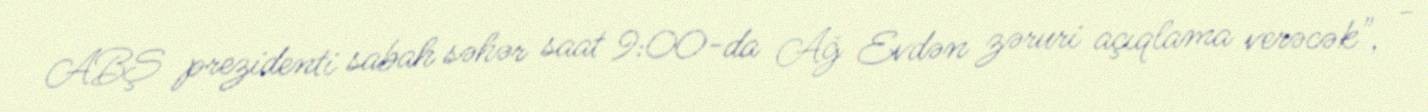
ABŞ prezidenti sabah səhər saat 9:00-da Ağ Evdən zəruri açıqlama verəcək", -